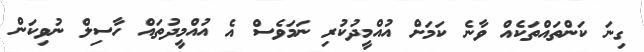
ގިނަ ކަންތައްތަކެއް ވާނެ ކަމަށް އުއްމީދުކުރި ނަމަވެސް އެ އުއްމީދުތައް ހާސިލް ނުވިކަން